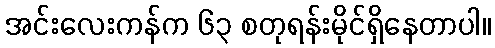
အင်းလေးကန်က ၆၃ စတုရန်းမိုင်ရှိနေတာပါ။